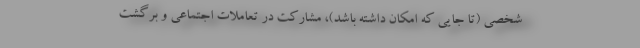
شخصی (تا جایی که امکان داشته باشد)، مشارکت در تعاملات اجتماعی و برگشت